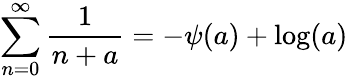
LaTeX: \sum_{n=0}^{\infty}{\frac{1}{n+a}}=-\psi(a)+\log(a)